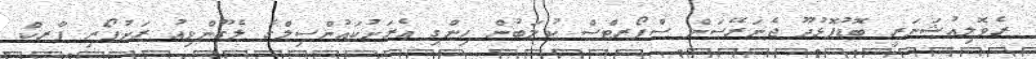
ރެވޮލިއުޝަނަރީ ބޮޑުފޮޅުދޫ ޖެނަރޭސަން ސްޕޯރޓްސް ކުލަބުން ހިންގި އެރަށުކައުންސިލްގެ ލެގޫންވިއު ރަށުފޯރި ޕާރކް